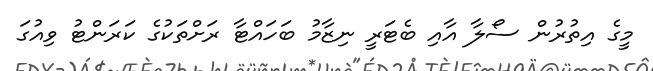
މީގެ އިތުރުން ސޯލާ އާއި ބެޓަރީ ނިޒާމު ބަހައްޓާ ރަށްތަކުގެ ކަރަންޓު ވިއުގަ